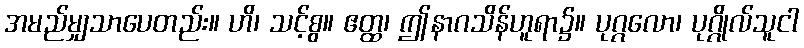
အမည်မျှသာပေတည်း။ ဟိ၊ သင့်စွ။ ဧတ္ထ၊ ဤနာဂသိန်ဟူရာ၌။ ပုဂ္ဂလော၊ ပုဂ္ဂိုလ်သူငါ